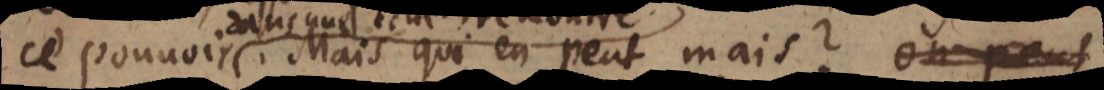
ce pouvoir. Mais qui en peut mais? et